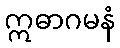
ဣဓာဂမနံ